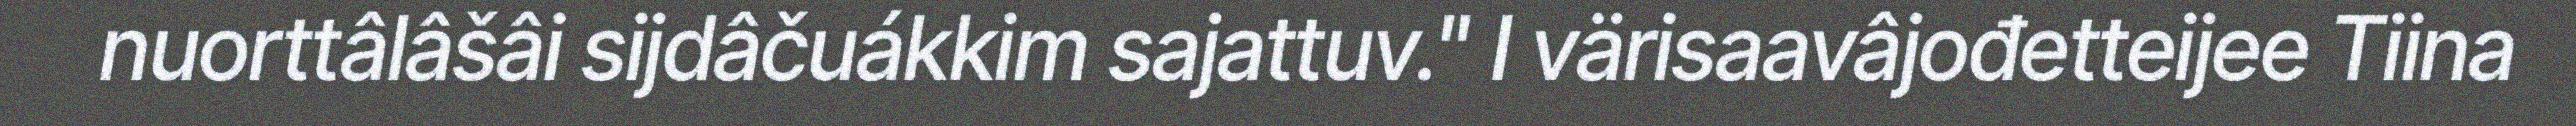
nuorttâlâšâi sijdâčuákkim sajattuv." I värisaavâjođetteijee Tiina